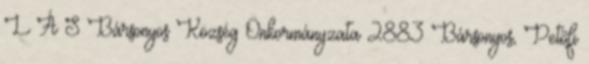
L Á S Bársonyos Község Önkormányzata 2883 Bársonyos, Petőfi